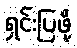
ရှင်းပြဖို့